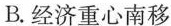
B.经济重心南移